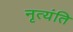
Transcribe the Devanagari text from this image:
नृत्यंति